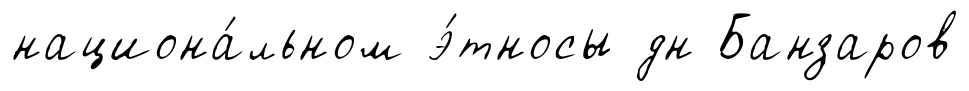
национа́льном э́тносы дн Банзаров